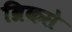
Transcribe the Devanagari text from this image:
ब्रिकसे